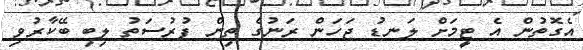
އެގޮތުން އެ ޓީމަށް ލަނޑު ޖަހަން ރަނުގެ ތިން ފުރުސަތު ލިބި ބޭކާރުވި